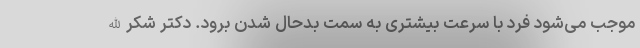
موجب می‌شود فرد با سرعت بیشتری به سمت بدحال شدن برود. دکتر شکرالله